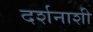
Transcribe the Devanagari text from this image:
दर्शनाशी